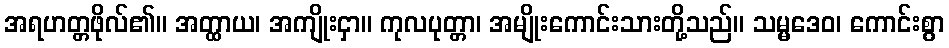
အရဟတ္တဖိုလ်၏။ အတ္ထာယ၊ အကျိုးငှာ။ ကုလပုတ္တာ၊ အမျိုးကောင်းသားတို့သည်။ သမ္မဒေဝ၊ ကောင်းစွာ